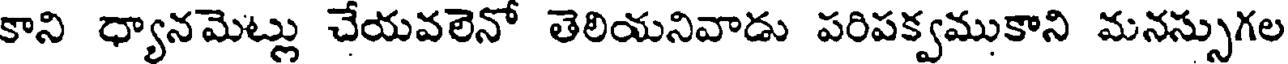
కాని ధ్యానమెట్లు చేయవలెనో తెలియనివాడు పరిపక్వముకాని మనస్సుగల